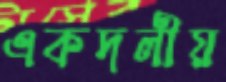
একদলীয়